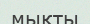
мықты